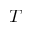
T